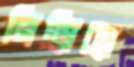
নিড়িয়ে